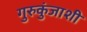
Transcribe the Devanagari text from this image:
गुरुकुंजाशी